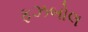
ફઝબોલ